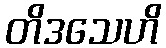
တိဒသေဟိ